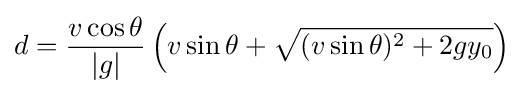
d={\frac {v\cos \theta }{|g|}}\left(v\sin \theta +{\sqrt {(v\sin \theta )^{2}+2gy_{0}}}\right)